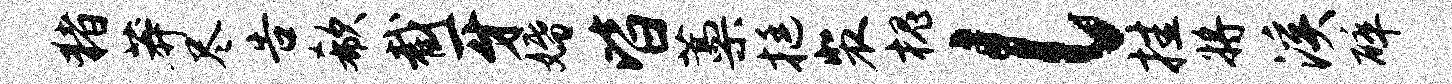
猪莽尽告欷截牙婚皆藁挺裴槐l挂将溪碎